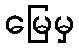
မြေမှ